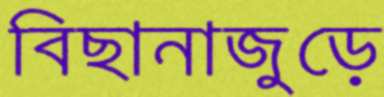
বিছানাজুড়ে